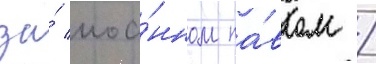
за́ иоа́нном па́влом /